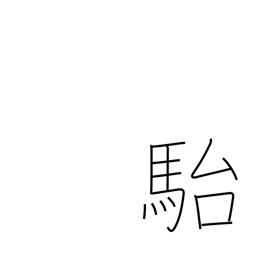
Meaning: stupid